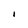
Character: I